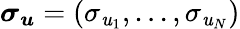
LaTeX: \boldsymbol{\sigma_{\mathit{u}}}=(\sigma_{\mathit{u}_{1}},...,\sigma_{\mathit{u}_{N}})